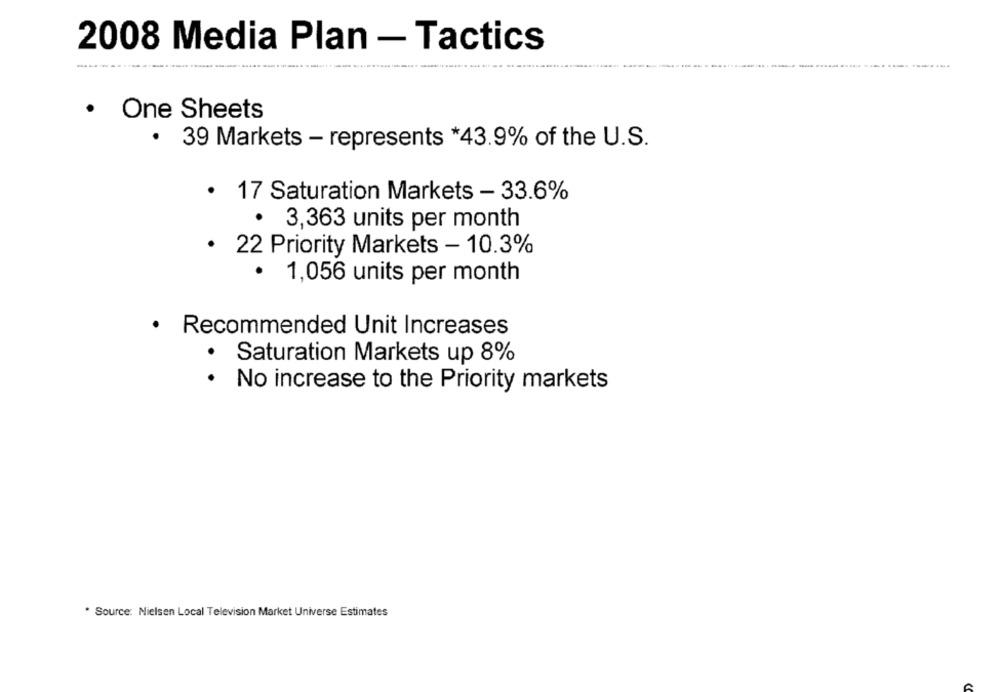
2008 Media Plan - Tactics
· One Sheets
39 Markets - represents *43.9% of the U.S.
.
17 Saturation Markets - 33.6%
· 3,363 units per month
· 22 Priority Markets - 10.3%
· 1,056 units per month
· Recommended Unit Increases
.
Saturation Markets up 8%
.
No increase to the Priority markets
. Source: Nielsen Local Television Market Universe Estimates